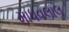
માધવલાલ